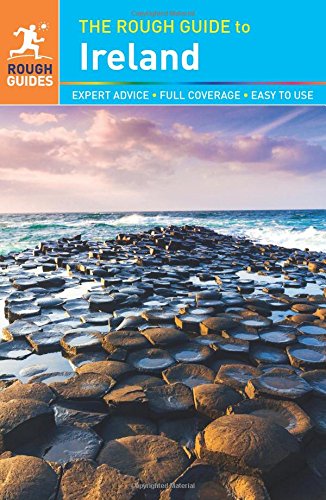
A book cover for The Rough Guide to Ireland; Rough Guides; Travel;